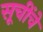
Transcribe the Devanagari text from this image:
सूचींचे